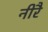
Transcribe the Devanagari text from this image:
नीरै